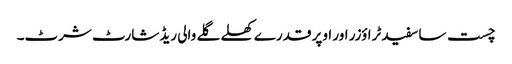
چست سا سفید ٹراؤزر اور اوپر قدرے کھلے گلے والی ریڈ شارٹ شرٹ۔